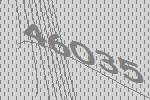
46035